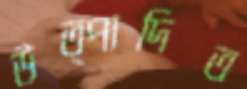
উত্পাদিত